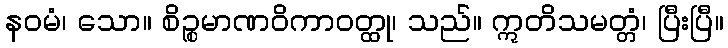
နဝမံ၊ သော။ စိဉ္စမာဏဝိကာဝတ္ထု၊ သည်။ ဣတိသမတ္တံ၊ ပြီးပြီ။